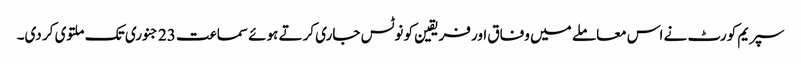
سپریم کورٹ نے اس معاملے میں وفاق اور فریقین کو نوٹس جاری کرتے ہوئے سماعت 23 جنوری تک ملتوی کر دی۔